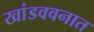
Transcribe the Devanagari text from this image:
खांडववनात